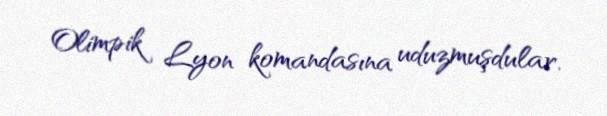
Olimpik Lyon komandasına uduzmuşdular.